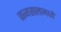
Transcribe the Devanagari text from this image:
जन्मसालामध्ये